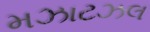
મઝાટઝલ